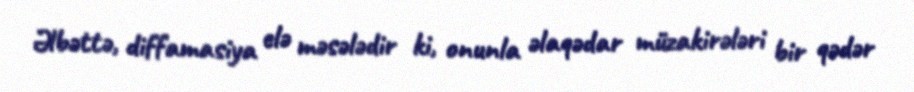
Əlbəttə, diffamasiya elə məsələdir ki, onunla əlaqədar müzakirələri bir qədər